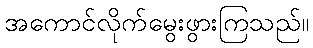
အကောင်လိုက်မွေးဖွားကြသည်။